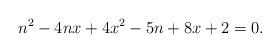
LaTeX: \begin{align*} n^2 -4nx + 4 x^2 - 5n + 8 x+2=0.\end{align*}